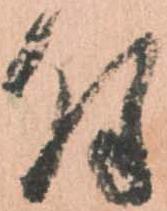
付